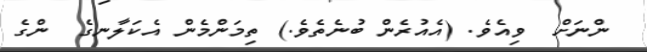
ންނަށް  ވިއެވެ. (އެއުރެން ބުނެތެވެ.) ތިމަންމެން އެކަލާނގެ  ންގެ